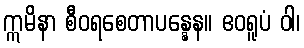
ဣမိနာ စီဝရစေတာပန္နေန။ ဧဝရူပံ ဝါ၊